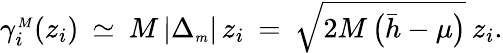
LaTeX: \begin{array}{r}{\gamma_{i}^{{\scriptscriptstyle M}}(z_{i})\: \simeq\: M\left|\Delta_{{\scriptscriptstyle m}}\right|\, z_{i}\: =\: \sqrt{2M\, \big(\bar{h}-\mu\big)}\: z_{i}.}\end{array}